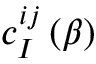
c _ { I } ^ { i j } \left( \beta \right)